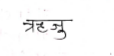
मजकूर: ऋजु